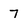
Character: 7